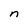
Character: n